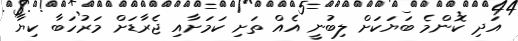
އަދި ކޮންމެ ބަޔަކަށް ލިބުނީ އެއް ތަށި ކަމަށާއި ޖެރާޑަށް މަރުހަބާ ކިޔާ